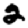
Digit: 2